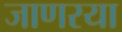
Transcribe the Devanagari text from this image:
जाणरया